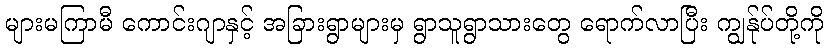
များမကြာမီ ကောင်းဂျာနှင့် အခြားရွာများမှ ရွာသူရွာသားတွေ ရောက်လာပြီး ကျွန်ုပ်တို့ကို